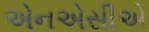
એનએસીએ